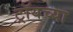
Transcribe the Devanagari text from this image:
ट्रॉयच्या